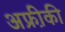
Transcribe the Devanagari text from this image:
अफ्री़की